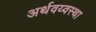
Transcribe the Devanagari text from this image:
अर्थवय्वस्था